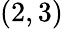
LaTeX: (2,3)